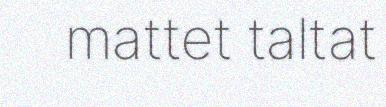
mattet taltat